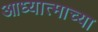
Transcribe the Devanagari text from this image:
आध्यात्माच्या